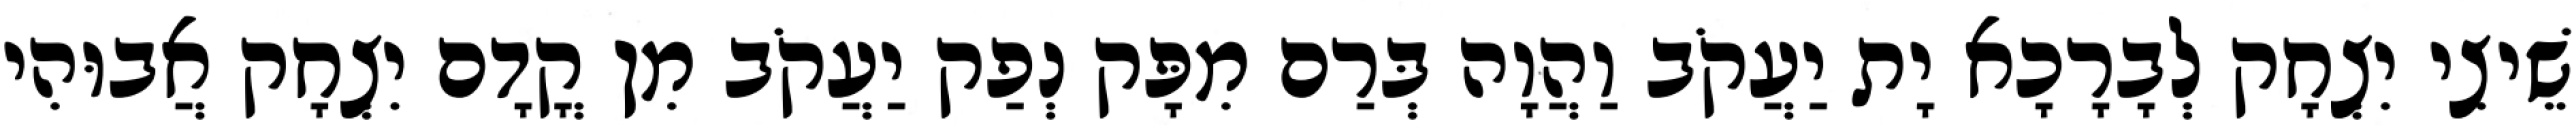
שֵׁיצִי יִצְחָק לְבָרָכָא יָת יַעֲקֹב וַהֲוָה בְּרַם מִפָּק נְפַק יַעֲקֹב מִן קֳדָם יִצְחָק אֲבוּהִי